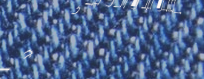
إطلاق عرض خاص على جميع ال